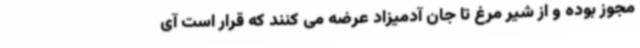
مجوز بوده و از شیر مرغ تا جان آدمیزاد عرضه می کنند که قرار است آی